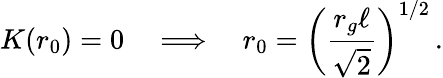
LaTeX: K(r_{0})=0\quad\Longrightarrow\quad r_{0}=\left({\frac{r_{g}\ell}{\sqrt{2}}}\right)^{1/2}\, .